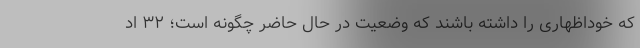
که خوداظهاری را داشته باشند که وضعیت در حال حاضر چگونه است؛ ۳۲ اد